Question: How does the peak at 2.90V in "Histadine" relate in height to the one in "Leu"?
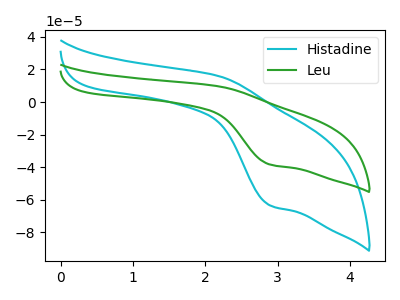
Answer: <think>The cyan curve "Histadine" has an anodic peak at (2.20V, 16.00uA) and a cathodic peak at (2.90V, -63.45uA). The green curve "Leu" has an anodic peak at (2.20V, 9.70uA) and a cathodic peak at (2.90V, -38.40uA).</think>
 <answer>The peak at 2.90V is higher in "Histadine" than in "Leu".</answer>
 <eval>higher</eval>